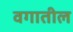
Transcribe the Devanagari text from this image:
वगातील